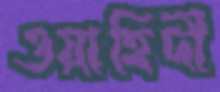
ওয়াহিদী